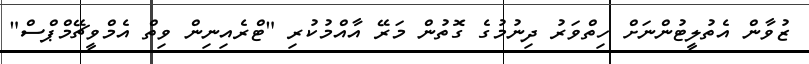
ޒުވާން އެތުލީޓުންނަށް ހިތްވަރު ދިނުމުގެ ގޮތުން މަރޭ އާއްމުކުރި "ޓްރެއިނިން ވިތް އެމްވީޗޭމްޕްސް"